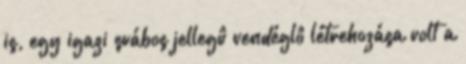
is, egy igazi svábos jellegû vendéglô létrehozása volt a